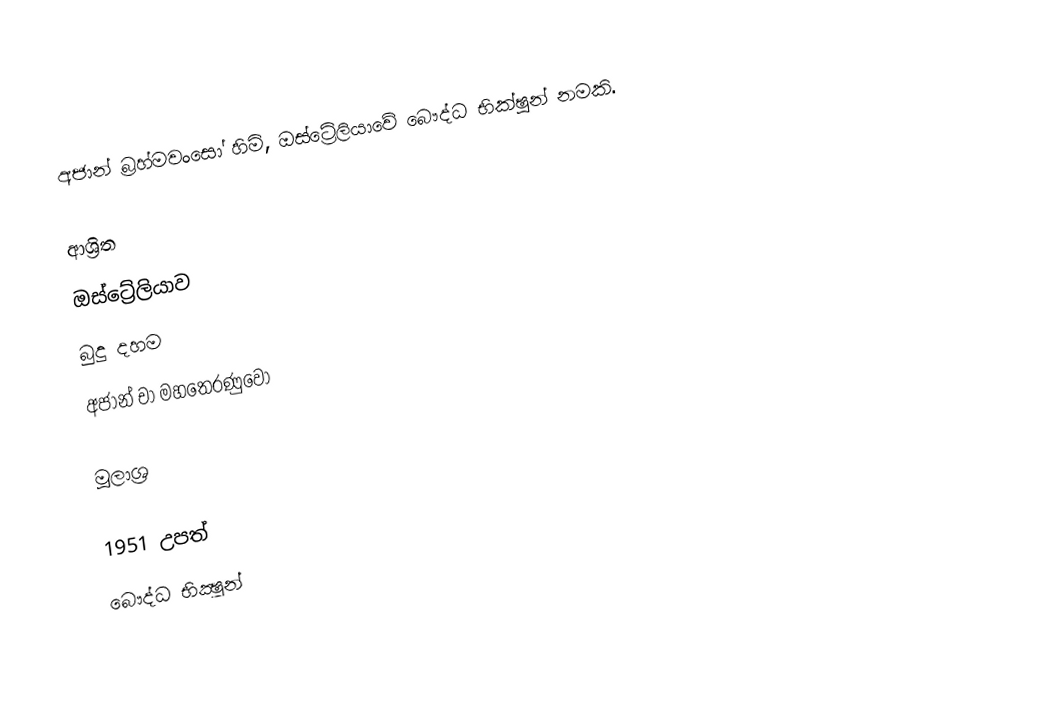
අජාන් බ්‍රහ්මවංසෝ හිමි, ඔස්ට්‍රේලියාවේ බෞද්ධ භික්ෂුන් නමකි.

ආශ්‍රිත
 ඔස්ට්‍රේලියාව
 බුදු දහම
 අජාන් චා මහතෙරණුවෝ

මූලාශ්‍ර

1951 උපත්
බෞද්ධ භික්‍ෂූන්